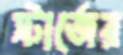
স্টার্জের